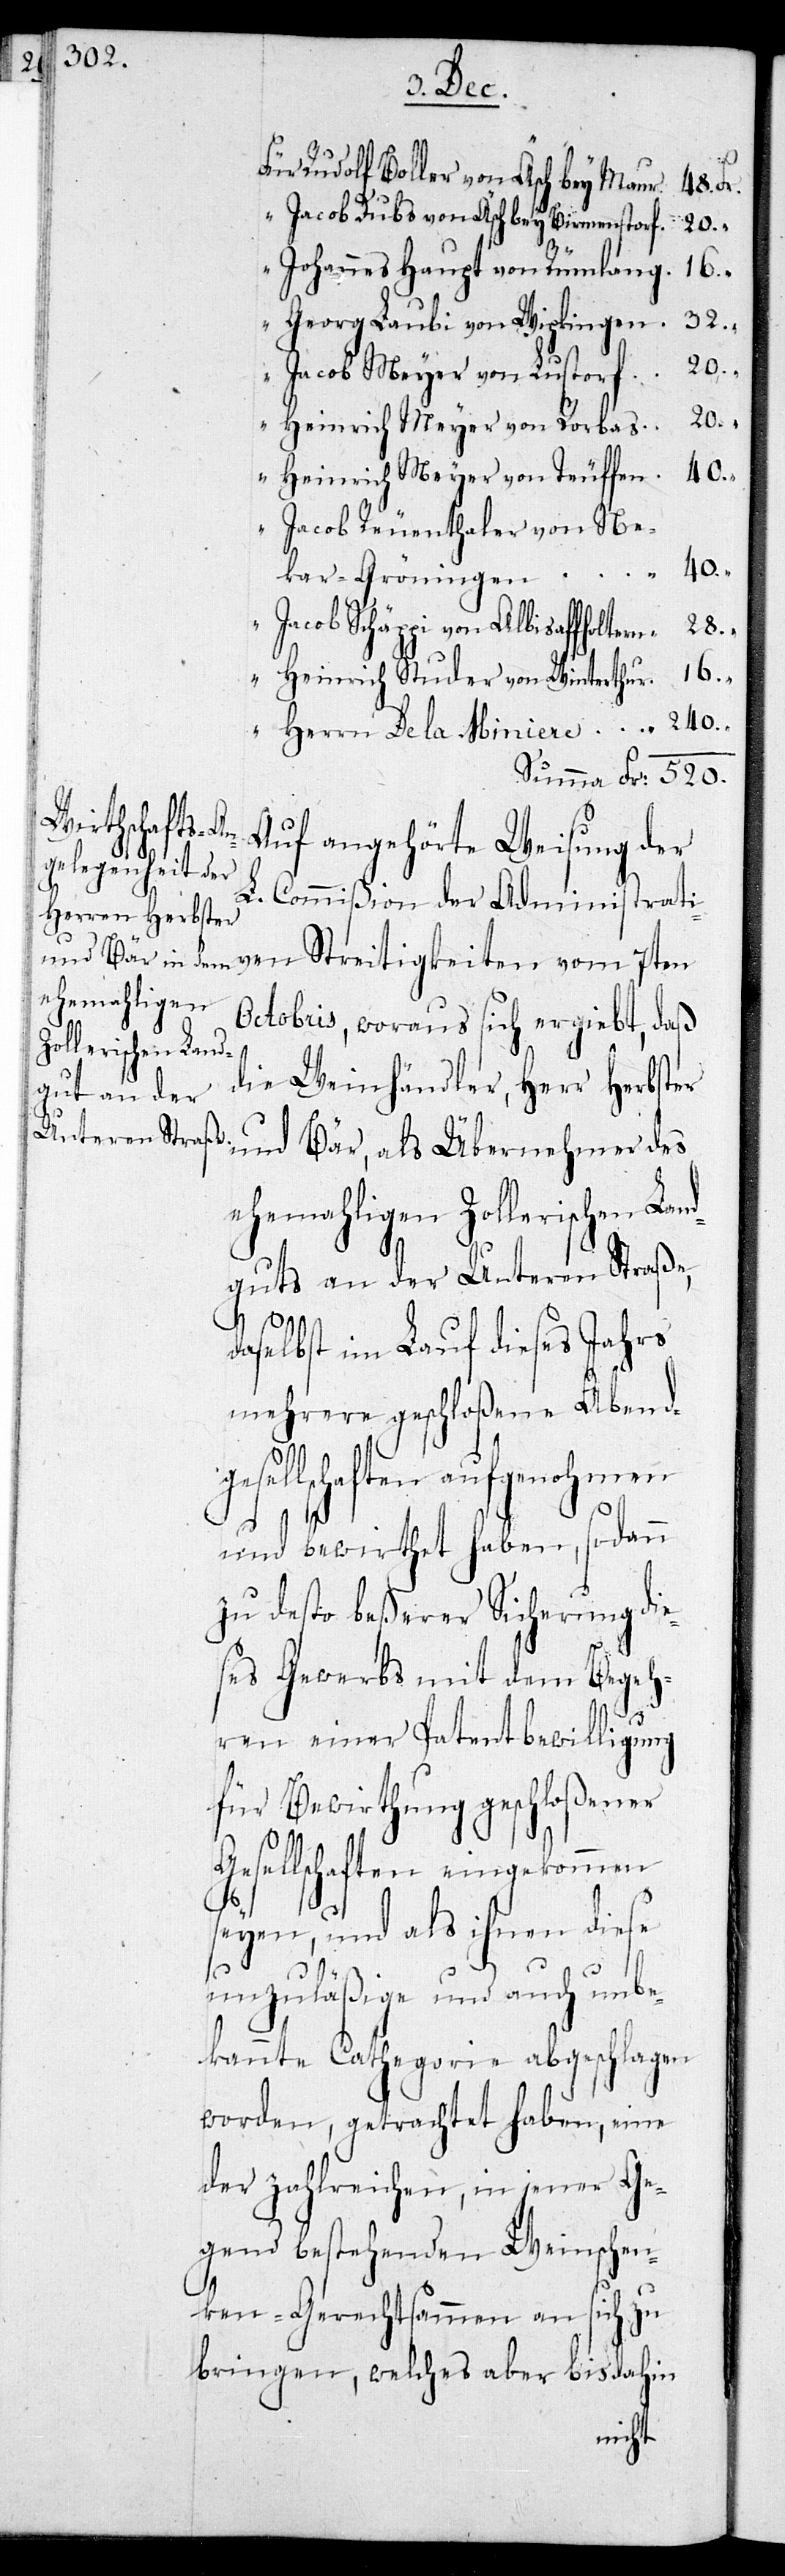
Für Rudolf Boller von Äsch bey Maur	48. Fr.
“ Jacob Dubs von Äsch bey Birmensdor¬
s	20.
“ Johannes Haupt von Rümlan¬
g	16.
“ Georg Laubi von Wipkingen	32.
Jacob Meyer von Lustor¬
f	20.
“ Heinrich Meyer von Rorba¬
“ Heinrich Meyer von Teufe¬
“ Jacob Reuenthaler von Ne¬
Ge¬
kar-Gröningen
“ Jacob Schäppi von Albisaffoltern	28.
“ Heinrich Studer von Winterthur	16. “
“ Herrn De la Miniere 240.
Summa	 Fr. 520.
Auf angehörte Weisung der
L. Commißion der Administrati¬
ven Streitigkeiten vom 7ten
Octobris, woraus sich ergiebt, daß
die Weinhändler, Herr Herbster
und Bär, als Übernehmer des
ehemahligen Zollerischen Land¬
guts an der Unteren Straße,
daselbst im Lauf dieses Jahrs
mehrere geschloßene Abendg¬
esellschaften aufgenohmen
und bewirthet haben, sodann
zu desto beßerer Sicherung die¬
ses Gewerbs mit dem Begeh¬
ren einer Patentbewilligung
für Bewirthung geschloßener
sellschaften eingekommen
seyen, und als ihnen diese
unzuläßige und auch unbe¬
kannte Cathegorie abgeschlagen
worden, getrachtet haben, eine
der zahlreichen, in jener Ge¬
gend bestehenden Weinschen¬
ken-Gerechtsammen auf sich zu
bringen, welches aber bis dahin